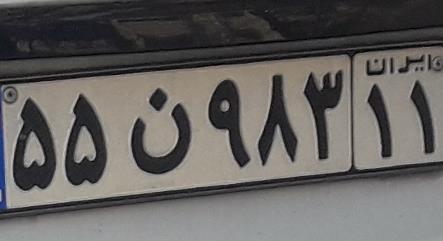
۵۵ن۹۸۳۱۱